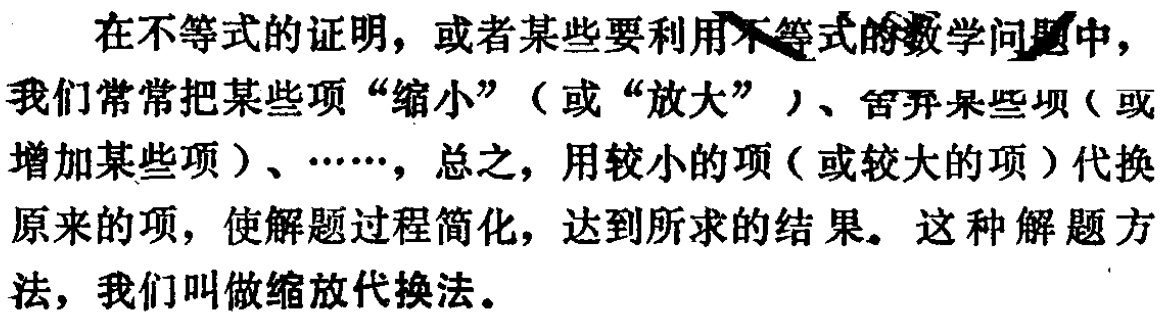
在不等式的证明，或者某些要利用不等式的数学问题中，我们常常把某些项“缩小”（或“放大”）、舍弃某些项（或增加某些项）、……，总之，用较小的项（或较大的项）代换原来的项，使解题过程简化，达到所求的结果。这种解题方法，我们叫做缩放代换法。